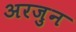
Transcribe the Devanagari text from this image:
अरजुन